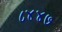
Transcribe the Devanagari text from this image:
८४४७